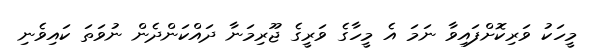
މީހަކު ވަރިކޮށްފައިވާ ނަމަ އެ މީހާގެ ވަރީގެ ޖޫރިމަނާ ދައްކަންދެން ނުވަތަ ކައިވެނި